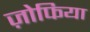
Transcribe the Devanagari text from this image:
ज़ोफिया